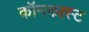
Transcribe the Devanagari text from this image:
कॉमकास्‍ट